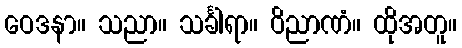
ဝေဒနာ။ သညာ။ သင်္ခါရာ။ ဝိညာဏံ။ ထိုအတူ။